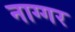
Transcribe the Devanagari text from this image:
नाग्गर